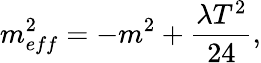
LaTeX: m_{eff}^{2}=-m^{2}+\frac{\lambda T^{2}}{24},